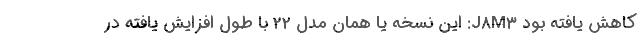
کاهش یافته بود J8M3: این نسخه یا همان مدل 22 با طول افزایش یافته در